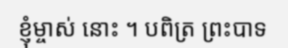
ខ្ញុំម្ចាស់ នោះ ។ បពិត្រ ព្រះបាទ